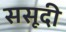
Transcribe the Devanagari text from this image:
ससूदी